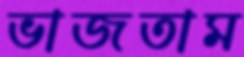
ভাজতাম